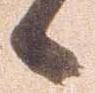
候